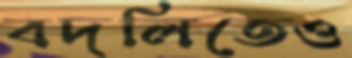
বদলিতেও